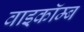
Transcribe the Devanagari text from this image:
वाइकॉम्ब